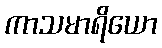
ကာသမာရိယော